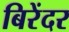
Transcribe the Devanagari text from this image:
बिरेंदर